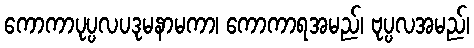
ကောကာပုပ္ပလပဒုမနာမကာ၊ ကောကာရအမည်၊ ဗုပ္ပလအမည်၊